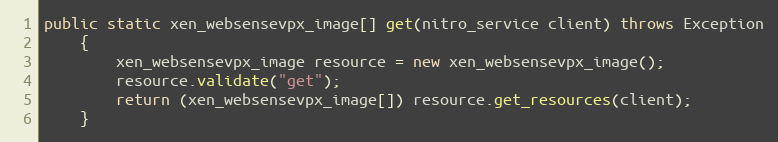
Language: Java
public static xen_websensevpx_image[] get(nitro_service client) throws Exception
	{
		xen_websensevpx_image resource = new xen_websensevpx_image();
		resource.validate("get");
		return (xen_websensevpx_image[]) resource.get_resources(client);
	}